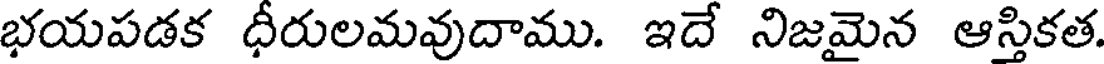
భయపడక ధీరులమవుదాము. ఇదే నిజమైన ఆస్తికత